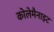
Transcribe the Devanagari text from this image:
कोलेमैनाइट